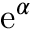
\mathrm { e } ^ { \alpha }